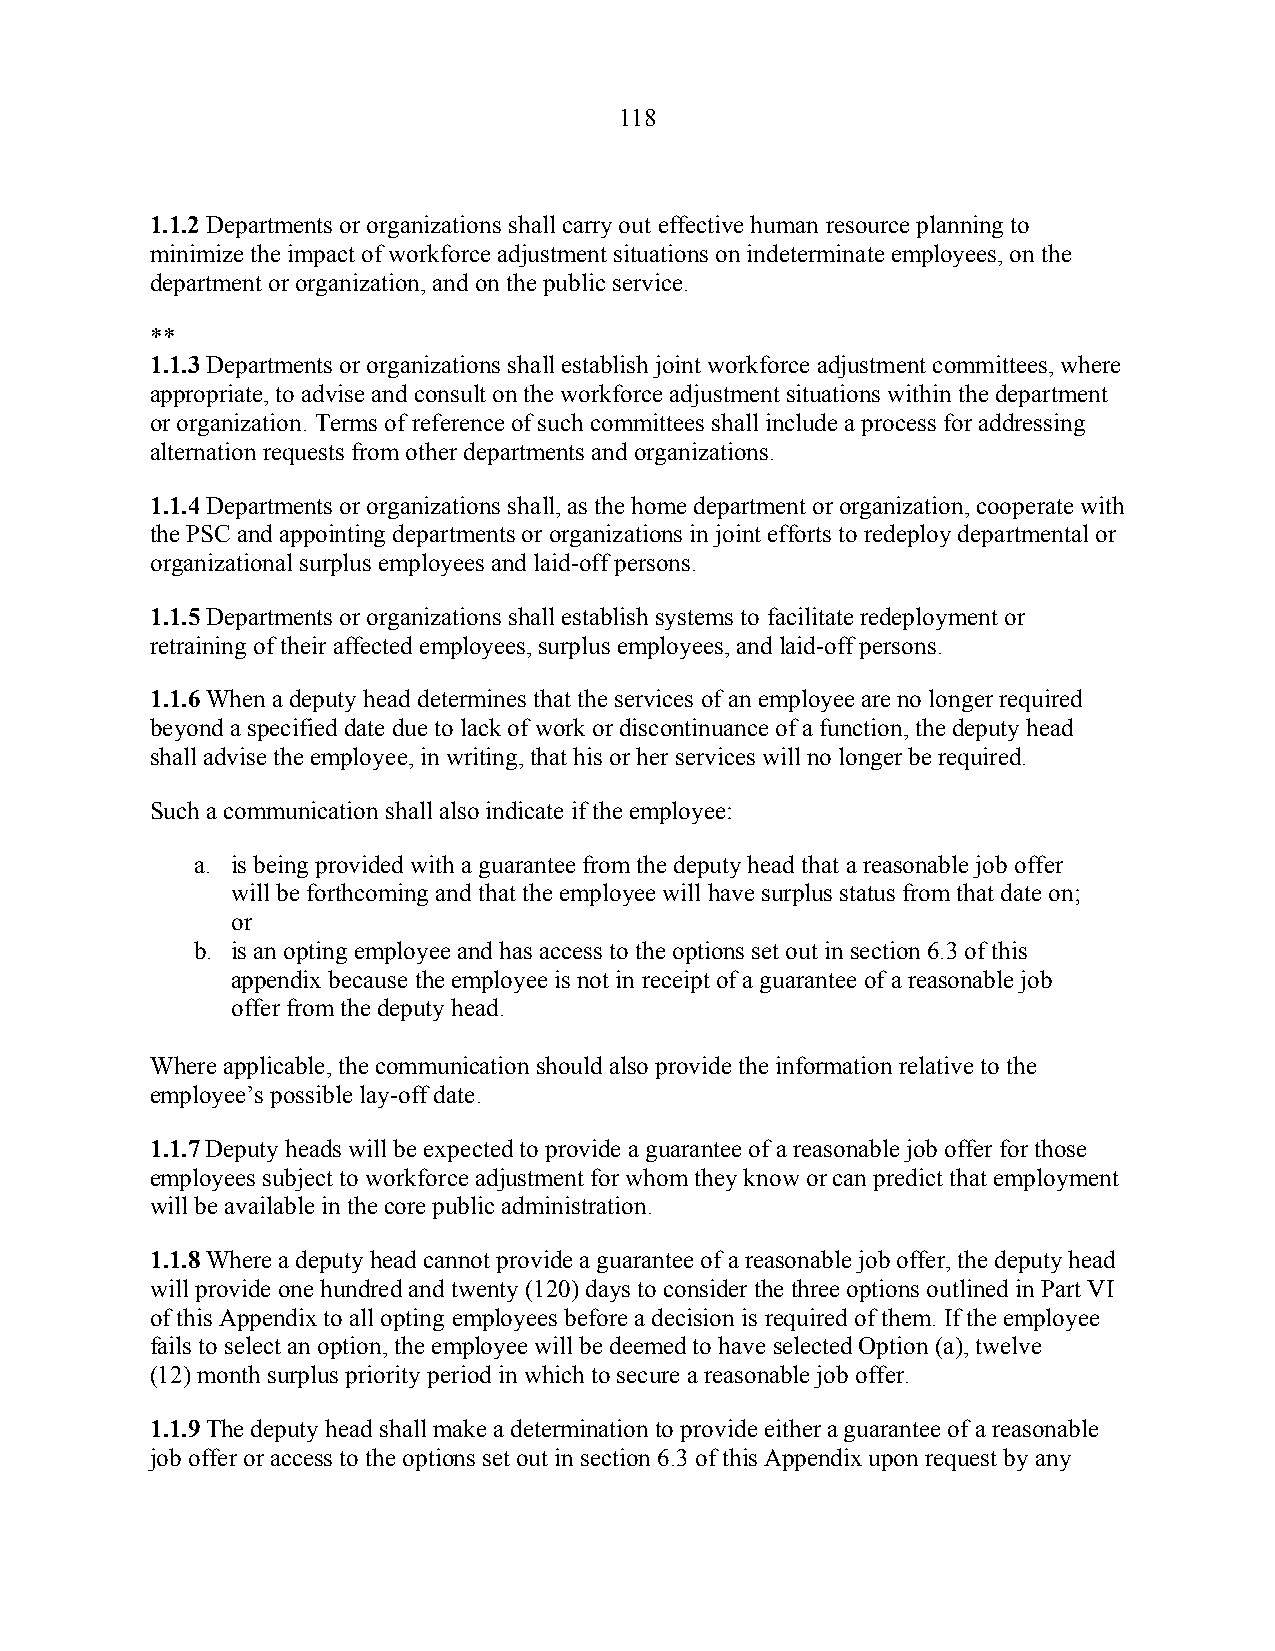
118
 1.1.2 Departments or organizations shall carry out effective human resource planning to
 minimize the impact of workforce adjustment situations on indeterminate employees, on the
 department or organization, and on the public service.
 **
 1.1.3 Departments or organizations shall establish joint workforce adjustment committees, where
 appropriate, to advise and consult on the workforce adjustment situations within the department
 or organization. Terms of reference of such committees shall include a process for addressing
 alternation requests from other departments and organizations.
 1.1.4 Departments or organizations shall, as the home department or organization, cooperate with
 the PSC and appointing departments or organizations in joint efforts to redeploy departmental or
 organizational surplus employees and laid-off persons.
 1.1.5 Departments or organizations shall establish systems to facilitate redeployment or
 retraining of their affected employees, surplus employees, and laid-off persons.
 1.1.6 When a deputy head determines that the services of an employee are no longer required
 beyond a specified date due to lack of work or discontinuance of a function, the deputy head
 shall advise the employee, in writing, that his or her services will no longer be required.
 Such a communication shall also indicate if the employee:
 a. is being provided with a guarantee from the deputy head that a reasonable job offer
 will be forthcoming and that the employee will have surplus status from that date on;
 or
 b. is an opting employee and has access to the options set out in section 6.3 of this
 appendix because the employee is not in receipt of a guarantee of a reasonable job
 offer from the deputy head.
 Where applicable, the communication should also provide the information relative to the
 employee’s possible lay-off date.
 1.1.7 Deputy heads will be expected to provide a guarantee of a reasonable job offer for those
 employees subject to workforce adjustment for whom they know or can predict that employment
 will be available in the core public administration.
 1.1.8 Where a deputy head cannot provide a guarantee of a reasonable job offer, the deputy head
 will provide one hundred and twenty (120) days to consider the three options outlined in Part VI
 of this Appendix to all opting employees before a decision is required of them. If the employee
 fails to select an option, the employee will be deemed to have selected Option (a), twelve
 (12) month surplus priority period in which to secure a reasonable job offer.
 1.1.9 The deputy head shall make a determination to provide either a guarantee of a reasonable
 job offer or access to the options set out in section 6.3 of this Appendix upon request by any